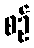
စဉ်